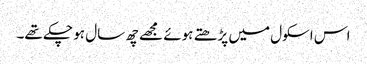
اس اسکول میں پڑھتے ہوئے مجھے چھ سال ہو چکے تھے۔